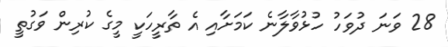
28 ވަނަ ދުވަހު ހުޅުވާލާނެ ކަމަށާއި އެ ތާރީހަކީ މީގެ ކުރިން ވަގުތީ